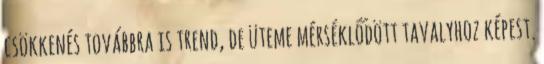
csökkenés továbbra is trend, de üteme mérséklődött tavalyhoz képest.